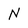
Character: N